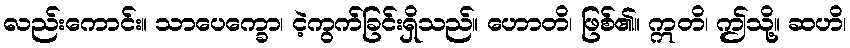
လည်းကောင်း။ သာပေက္ခော၊ ငဲ့ကွက်ခြင်းရှိသည်။ ဟောတိ၊ ဖြစ်၏။ ဣတိ၊ ဤသို့။ ဆဟိ၊